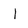
Character: I